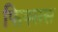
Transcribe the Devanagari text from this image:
फिक्सस